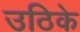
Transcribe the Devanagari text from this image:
उठिके